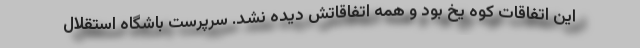
این اتفاقات کوه یخ بود و همه اتفاقاتش دیده نشد. سرپرست باشگاه استقلال